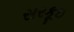
સરકૂઇ